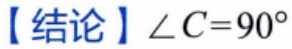
【结论】$\angle C = 90^{\circ}$